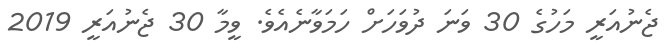
ޖެނުއަރީ މަހުގެ 30 ވަނަ ދުވަހަށް ހަމަވާނެއެވެ. ވީމާ 30 ޖެނުއަރީ 2019